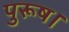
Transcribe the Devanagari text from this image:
पुरूष।